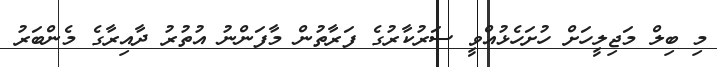
މި ބިލް މަޖިލީހަށް ހުށަހެޅުއްވީ ސަރުކާރުގެ ފަރާތުން މާފަންނު އުތުރު ދާއިރާގެ މެންބަރު